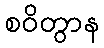
စဝိတွာန